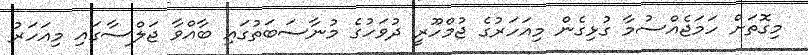
މިގޮތަށް ހަމަޖެއްސުމާ ގުޅިގެން މިއަހަރުގެ ޖުމްހޫރީ ދުވަހުގެ މުނާސަބަތުގައި ބާއްވާ ޖަލްސާގައި މިއަހަރު